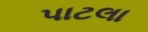
પાટલા